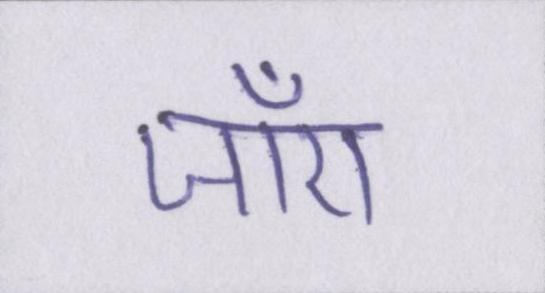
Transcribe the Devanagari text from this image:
जाँए